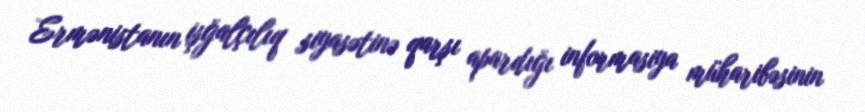
Ermənistanın işğalçılıq siyasətinə qarşı apardığı informasiya müharibəsinin